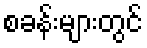
စခန်းများတွင်